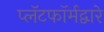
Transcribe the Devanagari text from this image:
प्लॅटफॉर्मद्वारे